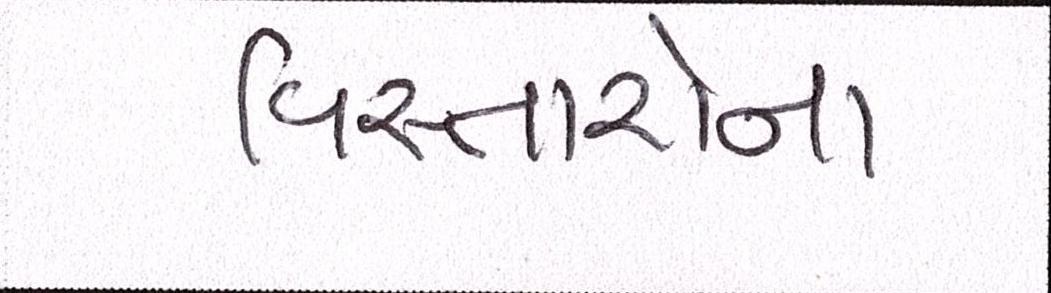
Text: વિસ્તારોના